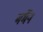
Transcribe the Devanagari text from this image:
मर्मैन